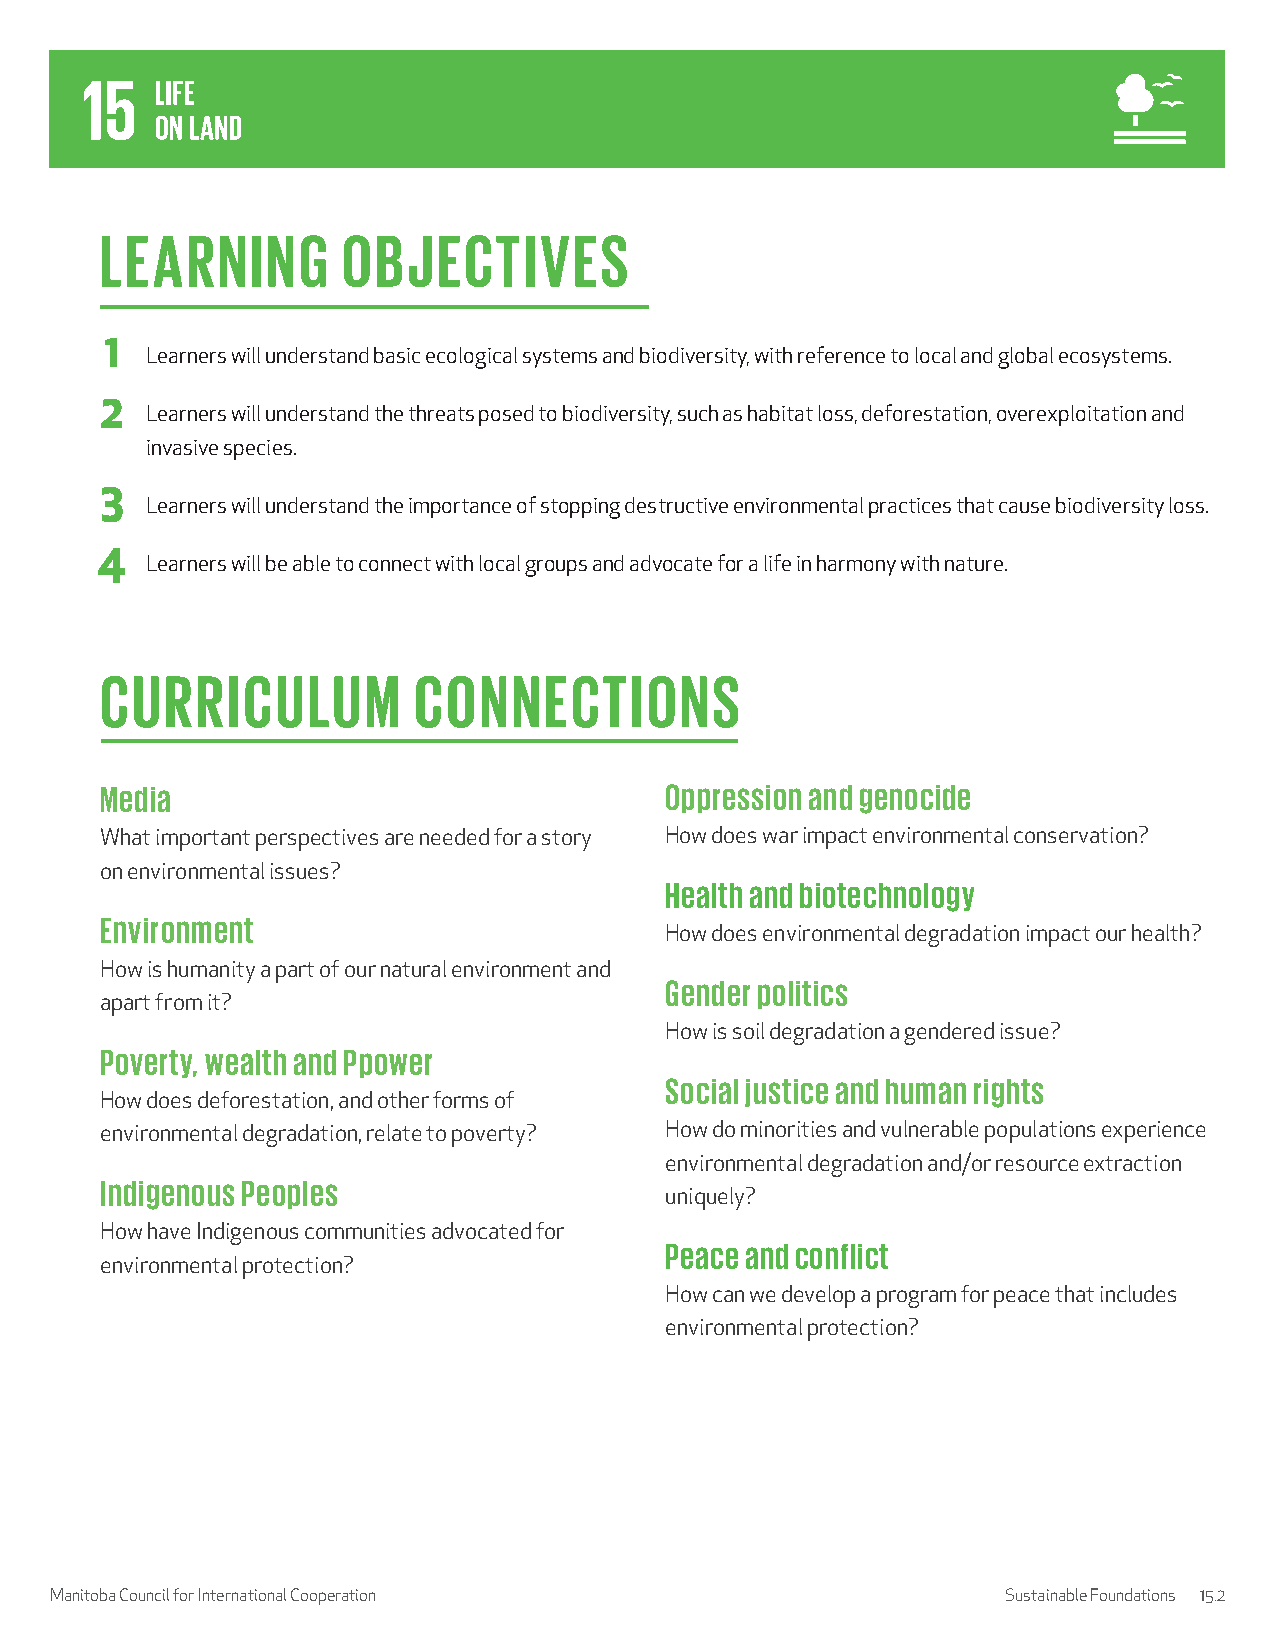
LEARNING        OBJECTIVES
 1
 Learners will understand basic ecological systems and biodiversity, with reference to local and global ecosystems.
 2
 Learners will understand the threats posed to biodiversity, such as habitat loss, deforestation, overexploitation and
 invasive species.
 3
 Learners will understand the importance of stopping destructive environmental practices that cause biodiversity loss.
 4
 Learners will be able to connect with local groups and advocate for a life in harmony with nature.
 CURRICULUM          CONNECTIONS
 Media                                Oppression and genocide
 What important perspectives are needed for a story How does war impact environmental conservation?
 on environmental issues?
 Health and biotechnology
 Environment
 How does environmental degradation impact our health?
 How is humanity a part of our natural environment and
 Gender politics
 apart from it?
 How is soil degradation a gendered issue?
 Poverty, wealth and Ppower
 Social justice and human rights
 How does deforestation, and other forms of
 environmental degradation, relate to poverty? How do minorities and vulnerable populations experience
 environmental degradation and/or resource extraction
 Indigenous Peoples
 uniquely?
 How have Indigenous communities advocated for
 Peace and conflict
 environmental protection?
 How can we develop a program for peace that includes
 environmental protection?
 Manitoba Council for International Cooperation                  Sustainable Foundations 15.2